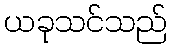
ယခုသင်သည်